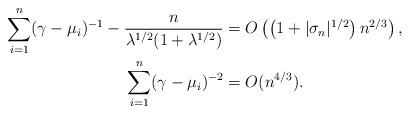
LaTeX: \begin{align*}\sum_{i=1}^n(\gamma-\mu_i)^{-1}-\frac{n}{\lambda^{1/2}(1+\lambda^{1/2})}&= O\left(\left(1+|\sigma_n|^{1/2}\right)n^{2/3}\right),\\\sum_{i=1}^n(\gamma-\mu_i)^{-2}&=O(n^{4/3}).\end{align*}